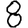
Digit: 8